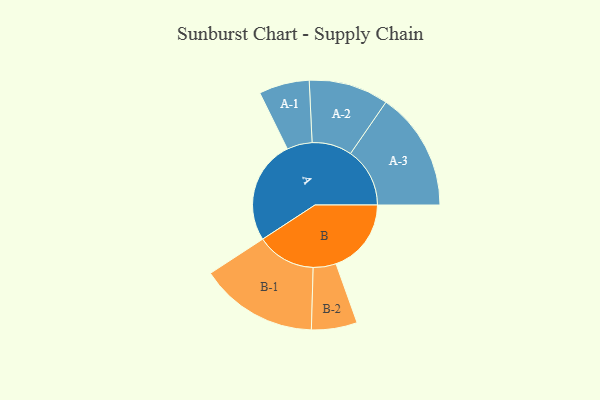
{"axis": {"x": "Segment", "y": "Value"}, "legend": ["", "A", "B"], "data": [{"x": "A", "y": 481, "type": ""}, {"x": "B", "y": 349, "type": ""}, {"x": "A-1", "y": 117, "type": "A"}, {"x": "A-2", "y": 185, "type": "A"}, {"x": "A-3", "y": 275, "type": "A"}, {"x": "B-1", "y": 274, "type": "B"}, {"x": "B-2", "y": 106, "type": "B"}]}